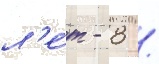
л'е́т - 8 /